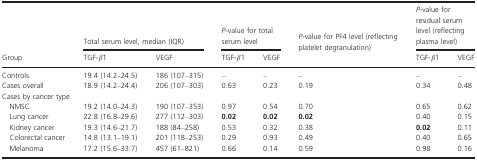
<table><thead><tr><td></td><td colspan="2"><b>Total serum level, median (IQR)</b></td><td colspan="2"><b><i>P</i>-value for total serum level</b></td><td><b><i>P</i>-value for PF4 level (reflecting platelet degranulation)</b></td><td colspan="2"><b><i>P</i>-value for residual serum level (reflecting plasma level)</b></td></tr><tr><td><b>Group</b></td><td><b>TGF-<i>β</i>1</b></td><td><b>VEGF</b></td><td><b>TGF-<i>β</i>1</b></td><td><b>VEGF</b></td><td></td><td><b>TGF-<i>β</i>1</b></td><td><b>VEGF</b></td></tr></thead><tbody><tr><td>Controls</td><td>19.4 (14.2–24.5)</td><td>186 (107–315)</td><td>–</td><td>–</td><td>–</td><td>–</td><td>–</td></tr><tr><td>Cases overall</td><td>18.9 (14.2–24.4)</td><td>206 (107–303)</td><td>0.63</td><td>0.23</td><td>0.19</td><td>0.34</td><td>0.48</td></tr><tr><td colspan="8">Cases by cancer type</td></tr><tr><td>NMSC</td><td>19.2 (14.0–24.3)</td><td>190 (107–353)</td><td>0.97</td><td>0.54</td><td>0.70</td><td>0.65</td><td>0.62</td></tr><tr><td>Lung cancer</td><td>22.8 (16.8–29.6)</td><td>277 (112–303)</td><td><b>0.02</b></td><td><b>0.02</b></td><td><b>0.02</b></td><td>0.40</td><td>0.15</td></tr><tr><td>Kidney cancer</td><td>19.3 (14.6–21.7)</td><td>188 (84–258)</td><td>0.53</td><td>0.32</td><td>0.38</td><td><b>0.02</b></td><td>0.11</td></tr><tr><td>Colorectal cancer</td><td>14.8 (13.1–19.1)</td><td>201 (118–253)</td><td>0.29</td><td>0.93</td><td>0.49</td><td>0.40</td><td>0.65</td></tr><tr><td>Melanoma</td><td>17.2 (15.6–33.7)</td><td>457 (61–821)</td><td>0.66</td><td>0.14</td><td>0.59</td><td>0.98</td><td>0.16</td></tr></tbody></table>